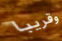
وقريبا